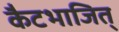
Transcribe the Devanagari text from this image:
कैटभाजित्